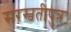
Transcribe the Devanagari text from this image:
सरस्वतीपुत्र